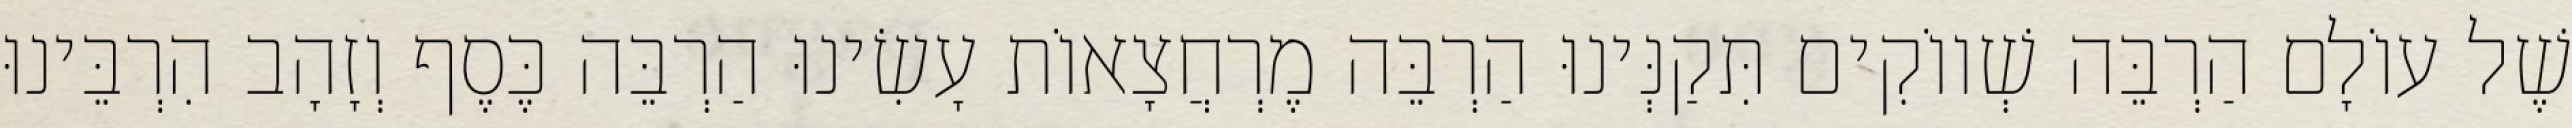
שֶׁל עוֹלָם הַרְבֵּה שְׁווֹקִים תִּקַנְּינוּ הַרְבֵּה מֶרְחֲצָאוֹת עָשִׂינוּ הַרְבֵּה כֶּסֶף וְזָהָב הִרְבֵּינוּ